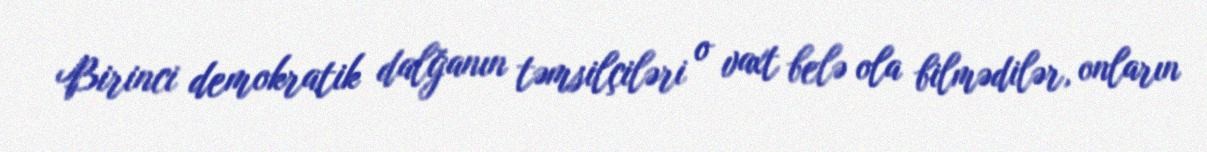
Birinci demokratik dalğanın təmsilçiləri o vaxt belə ola bilmədilər, onların